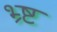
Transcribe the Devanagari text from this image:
भ्र्ष्ट